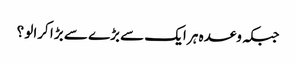
جبکہ وعدہ ہر ایک سے بڑے سے بڑا کرالو ؟